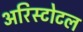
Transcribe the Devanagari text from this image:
अरिस्टोटल